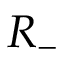
R _ { - }